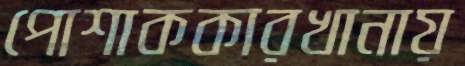
পোশাককারখানায়